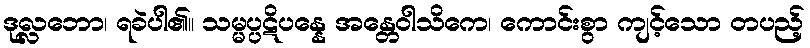
ဒုလ္လဘော၊ ရခဲပါ၏။ သမ္မပ္ပဋိပန္နေ အန္တေဝါသိကေ၊ ကောင်းစွာ ကျင့်သော တပည့်